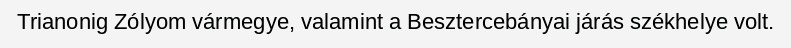
Trianonig Zólyom vármegye, valamint a Besztercebányai járás székhelye volt.